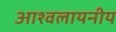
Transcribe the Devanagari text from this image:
आश्वलायनीय